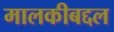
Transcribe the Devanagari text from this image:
मालकीबद्दल